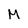
Character: M